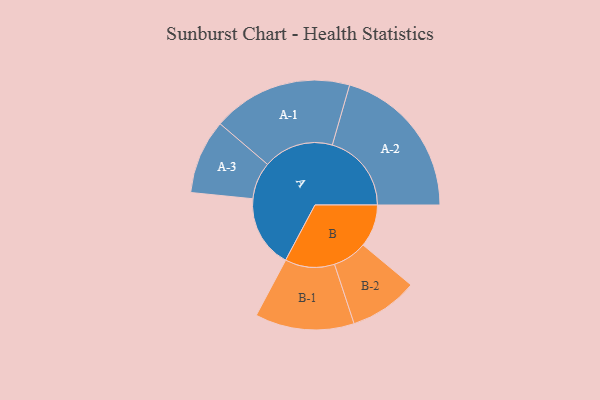
{"axis": {"x": "Segment", "y": "Value"}, "legend": ["", "A", "B"], "data": [{"x": "A", "y": 218, "type": ""}, {"x": "B", "y": 128, "type": ""}, {"x": "A-1", "y": 211, "type": "A"}, {"x": "A-2", "y": 238, "type": "A"}, {"x": "A-3", "y": 112, "type": "A"}, {"x": "B-1", "y": 149, "type": "B"}, {"x": "B-2", "y": 103, "type": "B"}]}